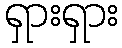
ရှားရှား